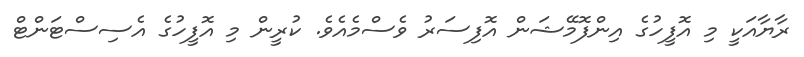
ރާޔާއަކީ މި އޮފީހުގެ އިންފޮމޭޝަން އޮފިސަރު ވެސްމެއެވެ. ކުރީން މި އޮފީހުގެ އެސިސްޓަންޓް